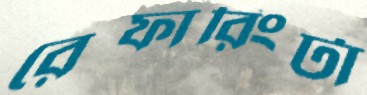
রেফারিংটা